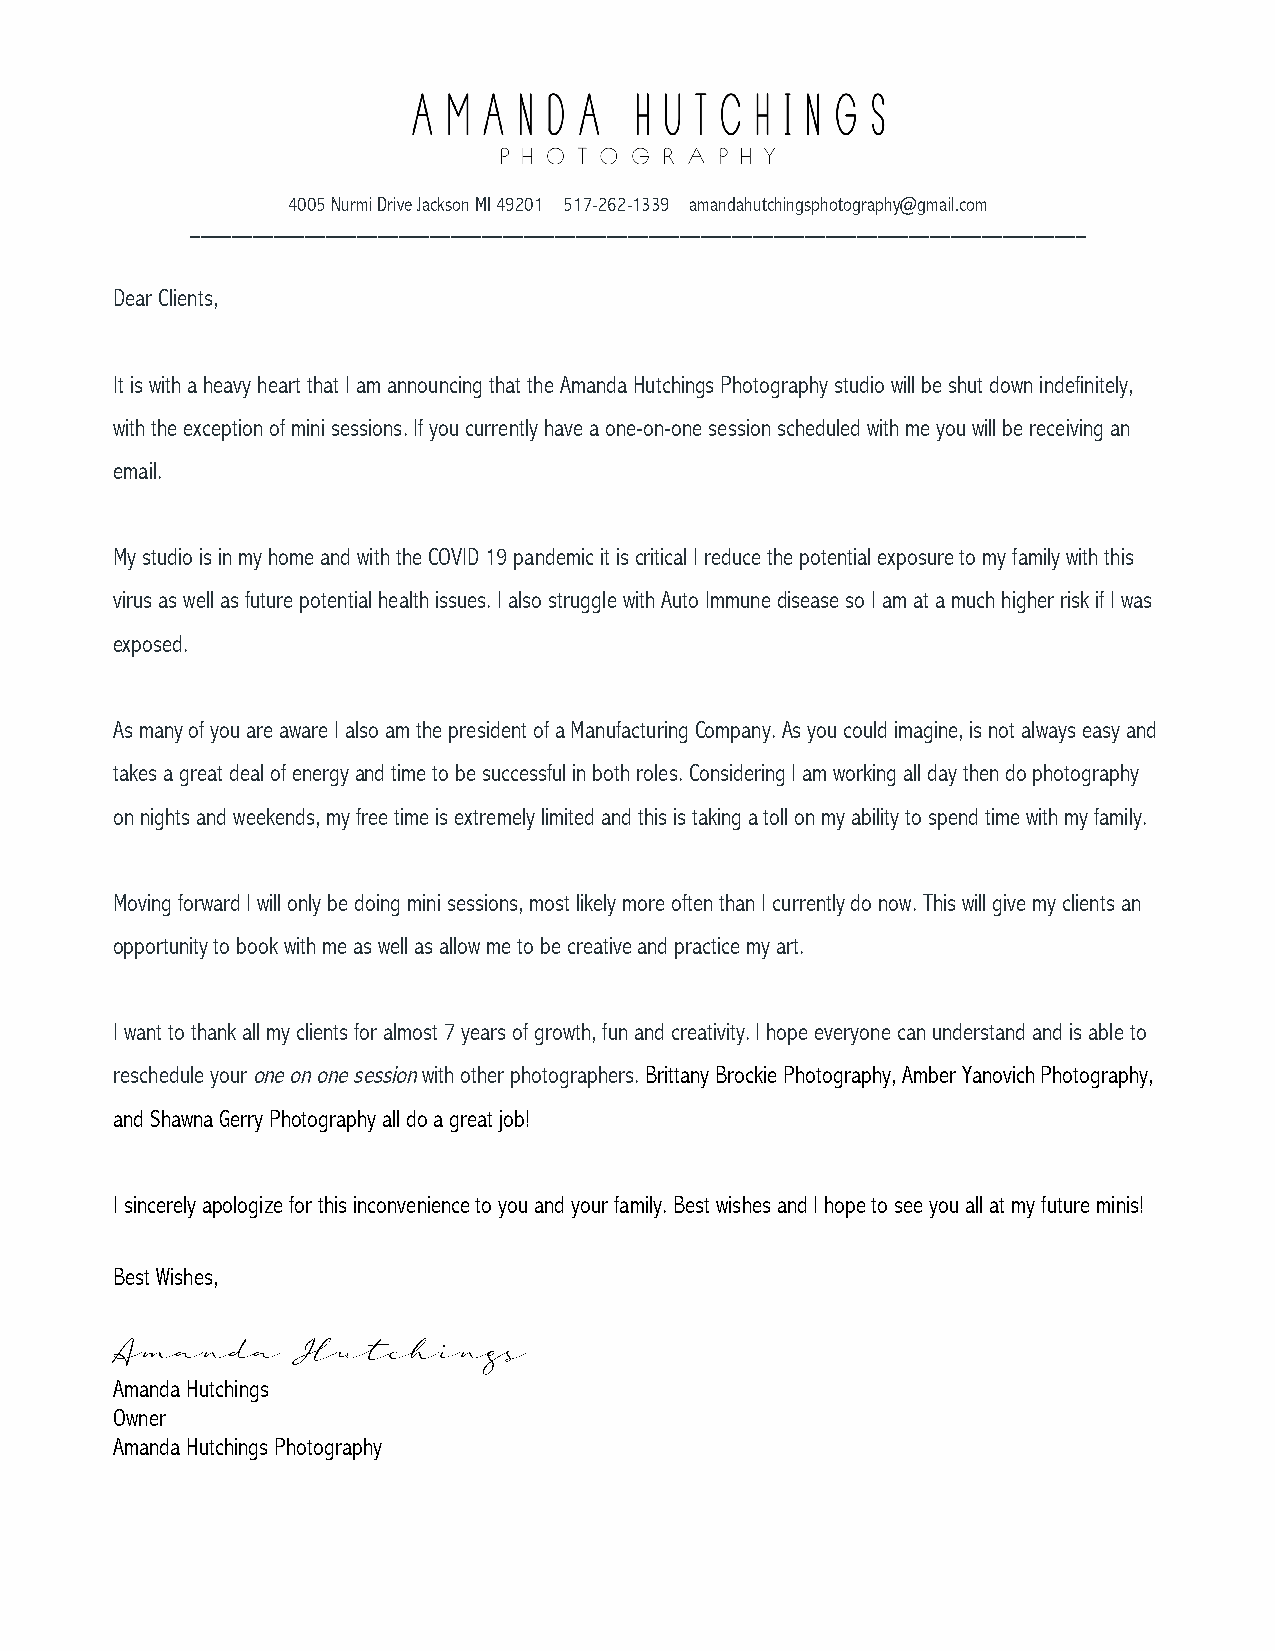
4005 Nurmi Drive Jackson MI 49201 517-262-1339 amandahutchingsphotography@gmail.com
 ______________________________________________________________________________________
 Dear Clients,
 It is with a heavy heart that I am announcing that the Amanda Hutchings Photography studio will be shut down indefinitely,
 with the exception of mini sessions. If you currently have a one-on-one session scheduled with me you will be receiving an
 email.
 My studio is in my home and with the COVID 19 pandemic it is critical I reduce the potential exposure to my family with this
 virus as well as future potential health issues. I also struggle with Auto Immune disease so I am at a much higher risk if I was
 exposed.
 As many of you are aware I also am the president of a Manufacturing Company. As you could imagine, is not always easy and
 takes a great deal of energy and time to be successful in both roles. Considering I am working all day then do photography
 on nights and weekends, my free time is extremely limited and this is taking a toll on my ability to spend time with my family.
 Moving forward I will only be doing mini sessions, most likely more often than I currently do now. This will give my clients an
 opportunity to book with me as well as allow me to be creative and practice my art.
 I want to thank all my clients for almost 7 years of growth, fun and creativity. I hope everyone can understand and is able to
 reschedule your one on one session with other photographers. Brittany Brockie Photography, Amber Yanovich Photography,
 and Shawna Gerry Photography all do a great job!
 I sincerely apologize for this inconvenience to you and your family. Best wishes and I hope to see you all at my future minis!
 Best Wishes,
 Amanda       Hutchings
 Amanda Hutchings
 Owner
 Amanda Hutchings Photography